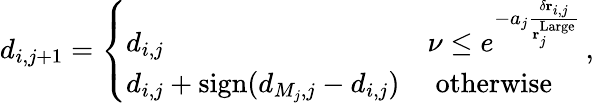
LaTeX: \begin{array}{r}{d_{i,j+1}=\left\{ \begin{array}{ll}{d_{i,j}}&{\nu\leq e^{-a_{j}\frac{\delta\mathbf{r}_{i,j}}{\mathbf{r}_{j}^{\mathrm{Large}}}}}\\ {d_{i,j}+\mathrm{sign}(d_{M_{j},j}-d_{i,j})}&{\; \mathrm{otherwise}}\end{array}\right.\, ,}\end{array}